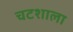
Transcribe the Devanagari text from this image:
चटशाला